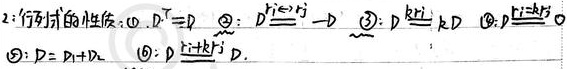
2: 行列式的性质:
\textcircled{1} \(D^{\mathrm{T}} = D\)
\textcircled{2} \(D \stackrel{r_i \leftrightarrow r_j}{=} -D\)
\textcircled{3} \(D \stackrel{k r_i}{=} kD\)
\textcircled{4} \(D\stackrel{r_i + k r_j}{\stackrel{=}{}} D\)
\textcircled{5} \(D = D_1+D_2\)
\textcircled{6} \(D \stackrel{r_i + k r_j}{=} D\).